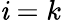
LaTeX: \mathit{i}=k